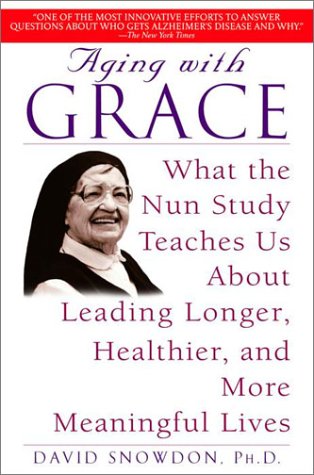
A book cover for Aging with Grace: What the Nun Study Teaches Us About Leading Longer, Healthier, and More Meaningful Lives; David Snowdon; Health, Fitness & Dieting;